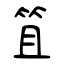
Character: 笡